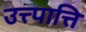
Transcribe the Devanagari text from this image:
उत्त्पात्ति